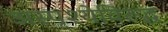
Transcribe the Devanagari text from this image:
अस्पृश्येविरूद्ध